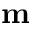
\mathbf { m }